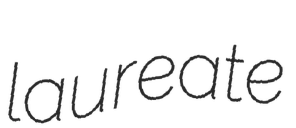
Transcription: laureate